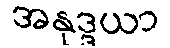
အနုဒ္ဒယာ